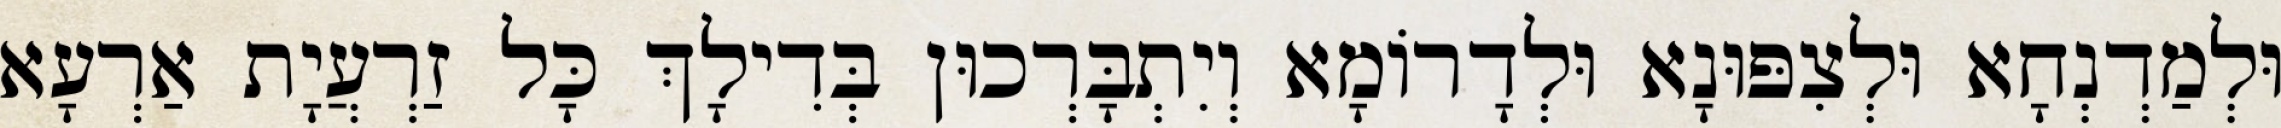
וּלְמַדְנְחָא וּלְצִפּוּנָא וּלְדָרוֹמָא וְיִתְבָּרְכוּן בְּדִילָךְ כָּל זַרְעֲיָת אַרְעָא